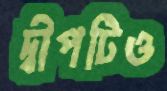
দ্বীপটিও